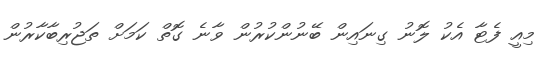
މިއީ ފެޓާ އެކު ލޮނު ގިނައިން ބޭނުންކުރުން ވާނެ ގޮތް ކަމަށް ތަޖުރިބާކާރުން